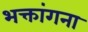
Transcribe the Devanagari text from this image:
भक्तांगना